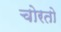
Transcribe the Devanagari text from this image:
चोरतो